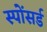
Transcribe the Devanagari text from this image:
स्पोंसर्ड